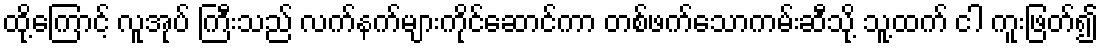
ထို့ကြောင့် လူအုပ် ကြီးသည် လက်နက်များကိုင်ဆောင်ကာ တစ်ဖက်သောကမ်းဆီသို့ သူ့ထက် ငါ ကူးဖြတ်၍